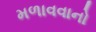
મળાવવાનો